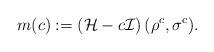
LaTeX: \begin{align*} m(c) := \left( \mathcal{H}-c \mathcal{I} \right)(\rho^c,\sigma^c). \end{align*}